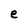
Character: e